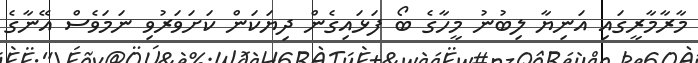
މާރާމާރީގައި އަނިޔާ ލިބުނު މީހާގެ ބޯ ފަޅައިގެން ދިޔަކަން ކަށަވަރުވި ނަމަވެސް އޭނާގެ